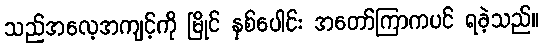
သည်အလေ့အကျင့်ကို မြိုင် နှစ်ပေါင်း အတော်ကြာကပင် ရခဲ့သည်။